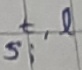
Text: s,t,l